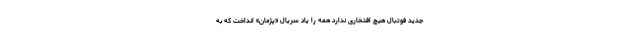
جدید فوتبال هیچ افتخاری ندارد همه را یاد سریال «پژمان» انداخت که به